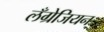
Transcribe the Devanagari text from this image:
लँग्रेजियन